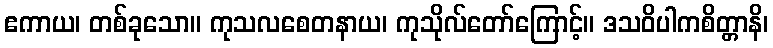
ဧကာယ၊ တစ်ခုသော။ ကုသလစေတနာယ၊ ကုသိုလ်တော်ကြောင့်။ ဒသဝိပါကစိတ္တာနိ၊